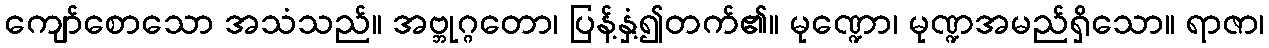
ကျော်စောသော အသံသည်။ အဗ္ဘုဂ္ဂတော၊ ပြန့်နှံ့၍တက်၏။ မုဏ္ဍော၊ မုဏ္ဍအမည်ရှိသော။ ရာဇာ၊